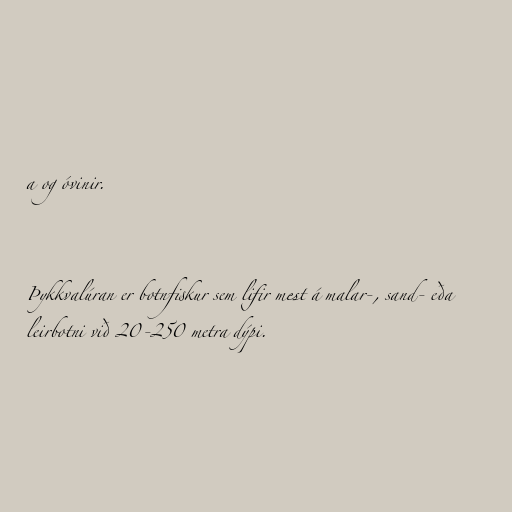
a og óvinir.

Þykkvalúran er botnfiskur sem lifir mest á malar-, sand- eða
leirbotni við 20-250 metra dýpi.